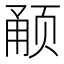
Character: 𬱥